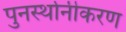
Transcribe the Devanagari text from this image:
पुनर्स्थानीकरण